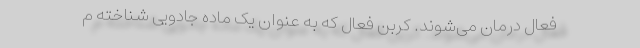
فعال درمان می‌شوند. کربن فعال که به عنوان یک ماده جادویی شناخته م